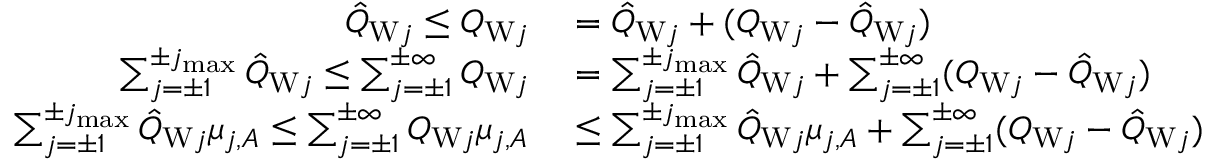
\begin{array} { r l } { \hat { Q } _ { \mathrm { W } j } \le Q _ { \mathrm { W } j } } & { { } = \hat { Q } _ { \mathrm { W } j } + ( Q _ { \mathrm { W } j } - \hat { Q } _ { \mathrm { W } j } ) } \\ { \sum _ { j = \pm 1 } ^ { \pm j _ { \operatorname* { m a x } } } \hat { Q } _ { \mathrm { W } j } \le \sum _ { j = \pm 1 } ^ { \pm \infty } Q _ { \mathrm { W } j } } & { { } = \sum _ { j = \pm 1 } ^ { \pm j _ { \operatorname* { m a x } } } \hat { Q } _ { \mathrm { W } j } + \sum _ { j = \pm 1 } ^ { \pm \infty } ( Q _ { \mathrm { W } j } - \hat { Q } _ { \mathrm { W } j } ) } \\ { \sum _ { j = \pm 1 } ^ { \pm j _ { \operatorname* { m a x } } } \hat { Q } _ { \mathrm { W } j } \mu _ { j , A } \le \sum _ { j = \pm 1 } ^ { \pm \infty } Q _ { \mathrm { W } j } \mu _ { j , A } } & { { } \le \sum _ { j = \pm 1 } ^ { \pm j _ { \operatorname* { m a x } } } \hat { Q } _ { \mathrm { W } j } \mu _ { j , A } + \sum _ { j = \pm 1 } ^ { \pm \infty } ( Q _ { \mathrm { W } j } - \hat { Q } _ { \mathrm { W } j } ) } \end{array}